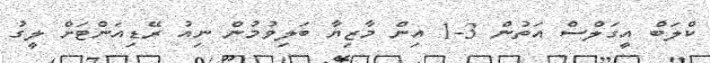
ކްލަބް އީގަލްސް އަތުން 3-1 އިން މާޒިޔާ ބަލިވުމުން ނިއު ރޭޑިއަންޓަށް ލީގު